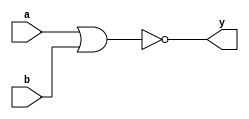
module sn74ls28(y, a, b);
input a, b;
output y;
parameter
	// TI TTL data book Vol 1, 1985
	tPLH_min=0, tPLH_typ=10, tPLH_max=15,
	tPHL_min=0, tPHL_typ=12, tPHL_max=18;

	nor #(tPLH_min : tPLH_typ : tPLH_max,
	  tPHL_min : tPHL_typ : tPHL_max)
	(y, a, b);

endmodule